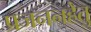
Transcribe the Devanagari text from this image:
प्रजननहेतु